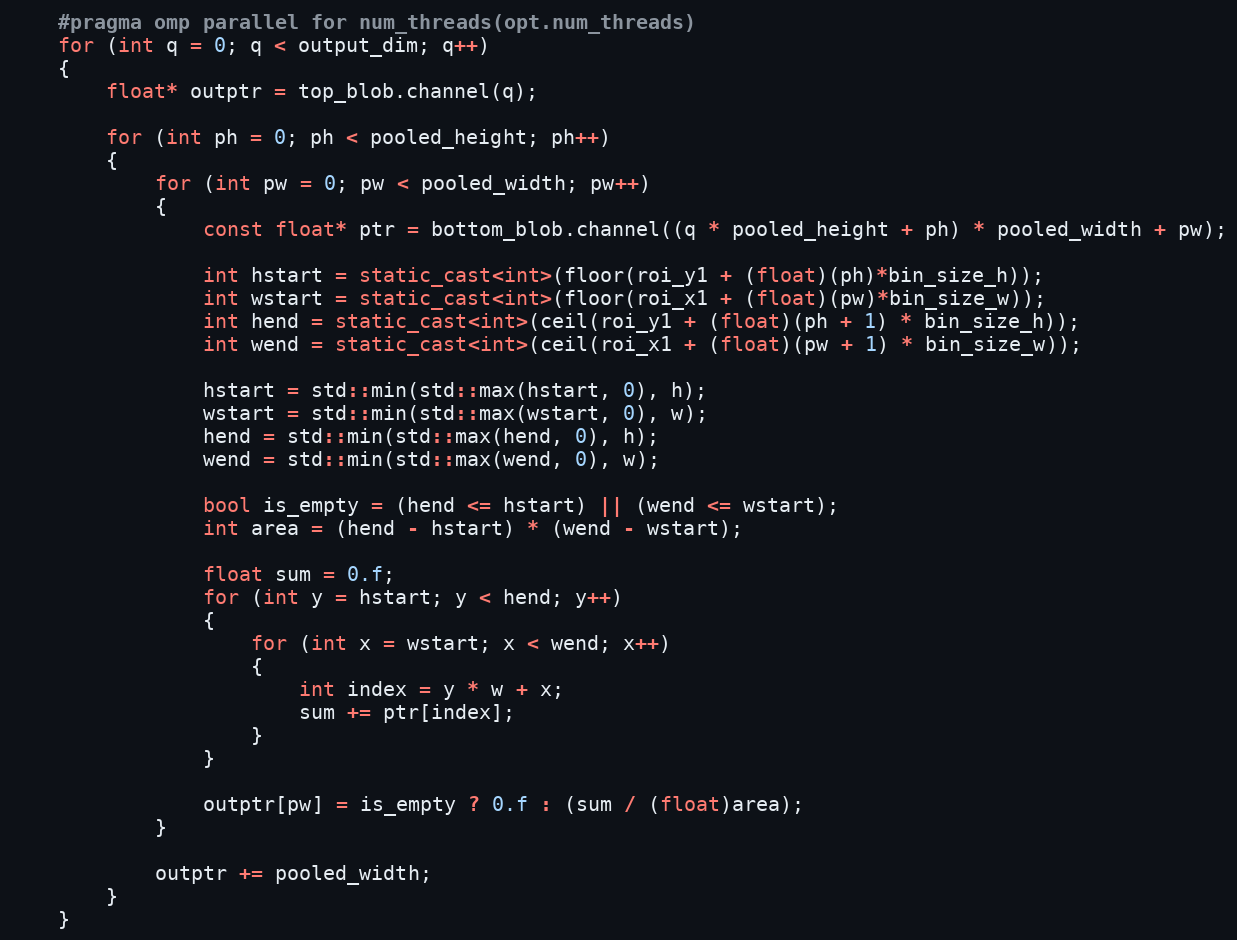
Language: C++
    #pragma omp parallel for num_threads(opt.num_threads)
    for (int q = 0; q < output_dim; q++)
    {
        float* outptr = top_blob.channel(q);

        for (int ph = 0; ph < pooled_height; ph++)
        {
            for (int pw = 0; pw < pooled_width; pw++)
            {
                const float* ptr = bottom_blob.channel((q * pooled_height + ph) * pooled_width + pw);

                int hstart = static_cast<int>(floor(roi_y1 + (float)(ph)*bin_size_h));
                int wstart = static_cast<int>(floor(roi_x1 + (float)(pw)*bin_size_w));
                int hend = static_cast<int>(ceil(roi_y1 + (float)(ph + 1) * bin_size_h));
                int wend = static_cast<int>(ceil(roi_x1 + (float)(pw + 1) * bin_size_w));

                hstart = std::min(std::max(hstart, 0), h);
                wstart = std::min(std::max(wstart, 0), w);
                hend = std::min(std::max(hend, 0), h);
                wend = std::min(std::max(wend, 0), w);

                bool is_empty = (hend <= hstart) || (wend <= wstart);
                int area = (hend - hstart) * (wend - wstart);

                float sum = 0.f;
                for (int y = hstart; y < hend; y++)
                {
                    for (int x = wstart; x < wend; x++)
                    {
                        int index = y * w + x;
                        sum += ptr[index];
                    }
                }

                outptr[pw] = is_empty ? 0.f : (sum / (float)area);
            }

            outptr += pooled_width;
        }
    }